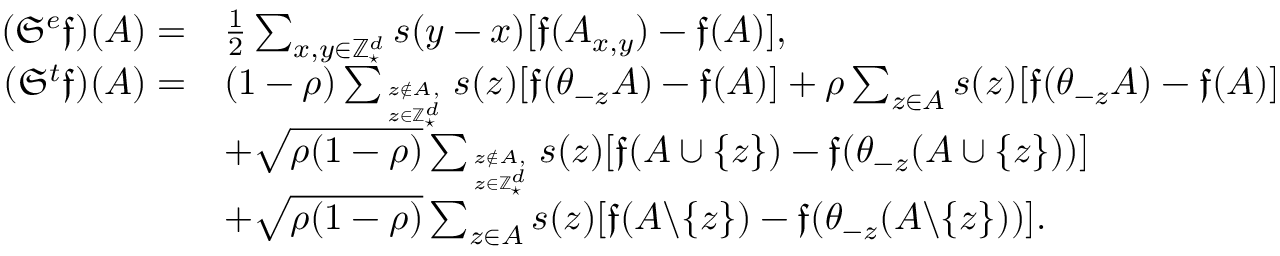
\begin{array} { r l } { ( { \mathfrak S } ^ { e } { \mathfrak f } ) ( A ) = } & { \frac { 1 } { 2 } \sum _ { x , y \in \mathbb Z _ { \star } ^ { d } } s ( y - x ) [ { \mathfrak f } ( A _ { x , y } ) - { \mathfrak f } ( A ) ] , } \\ { ( { \mathfrak S } ^ { t } { \mathfrak f } ) ( A ) = } & { ( 1 - \rho ) \sum _ { z \notin A , \atop z \in \mathbb Z _ { \star } ^ { d } } s ( z ) [ { \mathfrak f } ( \theta _ { - z } A ) - { \mathfrak f } ( A ) ] + \rho \sum _ { z \in A } s ( z ) [ { \mathfrak f } ( \theta _ { - z } A ) - { \mathfrak f } ( A ) ] } \\ & { + \sqrt { \rho ( 1 - \rho ) } \sum _ { z \notin A , \atop z \in \mathbb Z _ { \star } ^ { d } } s ( z ) [ { \mathfrak f } ( A \cup \{ z \} ) - { \mathfrak f } ( \theta _ { - z } ( A \cup \{ z \} ) ) ] } \\ & { + \sqrt { \rho ( 1 - \rho ) } \sum _ { z \in A } s ( z ) [ { \mathfrak f } ( A \backslash \{ z \} ) - { \mathfrak f } ( \theta _ { - z } ( A \backslash \{ z \} ) ) ] . } \end{array}